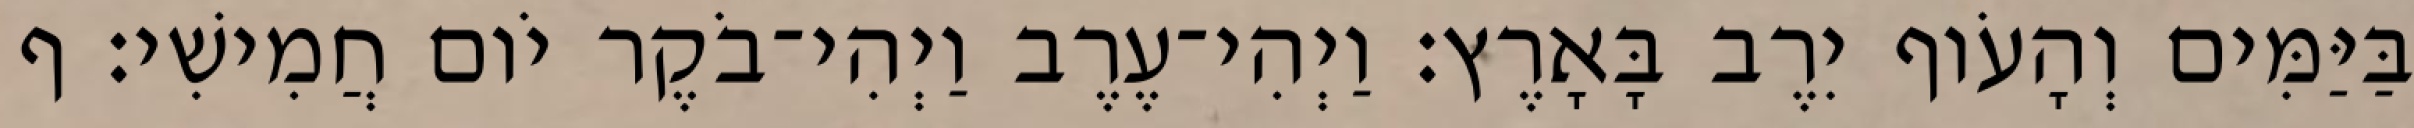
בַּיַּמִּים וְהָעֹוף יִרֶב בָּאָרֶץ׃ וַיְהִי־עֶרֶב וַיְהִי־בֹקֶר יֹום חֲמִישִׁי׃ ף